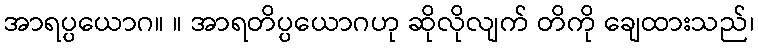
အာရပ္ပယောဂ။ ။ အာရတိပ္ပယောဂဟု ဆိုလိုလျက် တိကို ချေထားသည်၊